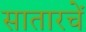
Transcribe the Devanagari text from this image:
सातारचें